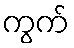
ကွက်